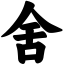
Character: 舍